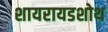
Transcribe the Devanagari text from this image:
शायरायडशोथ